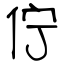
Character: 佇